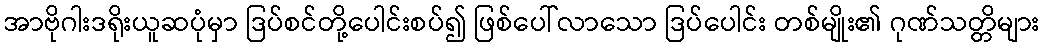
အာဗိုဂါးဒရိုးယူဆပုံမှာ ဒြပ်စင်တို့ပေါင်းစပ်၍ ဖြစ်ပေါ်လာသော ဒြပ်ပေါင်း တစ်မျိုး၏ ဂုဏ်သတ္တိများ